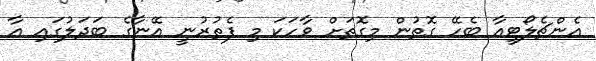
އެންޗެލޯޓީއާ ބެހޭ ގޮތުން މިގޮތަށް ވާހަކަ މި ފެތުރުނީ އޭނާގެ ބަދަލުގައި އާ